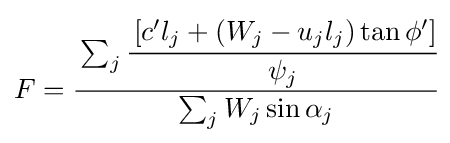
F={\cfrac {\sum _{j}{\cfrac {\left[c'l_{j}+(W_{j}-u_{j}l_{j})\tan \phi '\right]}{\psi _{j}}}}{\sum _{j}W_{j}\sin \alpha _{j}}}